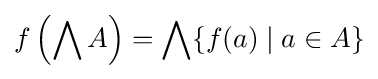
f\left(\bigwedge A\right)=\bigwedge \{f(a)\mid a\in A\}